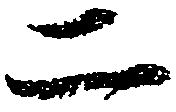
二